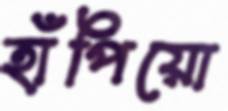
হাঁপিয়ো